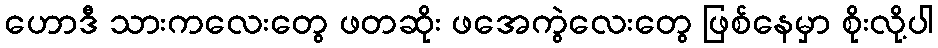
ဟောဒီ သားကလေးတွေ ဖတဆိုး ဖအေကွဲလေးတွေ ဖြစ်နေမှာ စိုးလို့ပါ